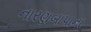
નારણબાપાના